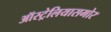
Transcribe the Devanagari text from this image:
ऑस्ट्रेलियासमोर